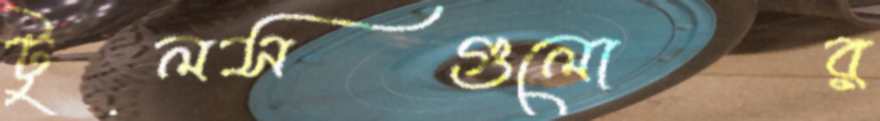
টুলসগুলোর